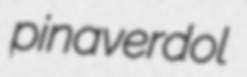
pinaverdol